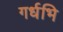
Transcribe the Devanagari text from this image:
गर्धभि